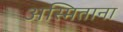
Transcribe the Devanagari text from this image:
अस्मिताना